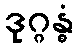
ဒုဂ္ဂန္ဓံ